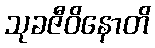
သုခဇီဝိနောတိ